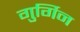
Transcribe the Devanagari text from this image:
गुर्गिन